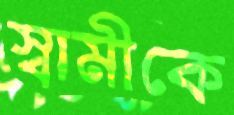
স্বামীকে